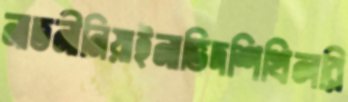
নাতনীনিয়াইনাভিদশিখিলরি